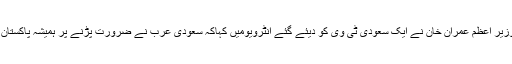
اپنے دورے کے دور ان وزیر اعظم عمران خان نے ایک سعودی ٹی وی کو دیئے گئے انٹرویومیں کہاکہ سعودی عرب نے ضرورت پڑنے پر ہمیشہ پاکستان کی مدد کی اور ساتھ دیا ۔